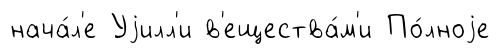
нача́л'е Уjилл'и в'ещества́м'и По́лноjе